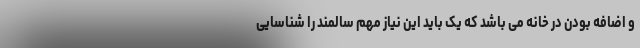
و اضافه بودن در خانه می باشد که یک باید این نیاز مهم سالمند را شناسایی